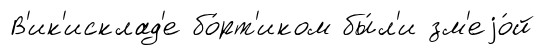
В'ик'исклад'е бо́рт'иком бы́л'и зм'еjо́й